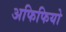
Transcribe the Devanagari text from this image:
अफिफियो